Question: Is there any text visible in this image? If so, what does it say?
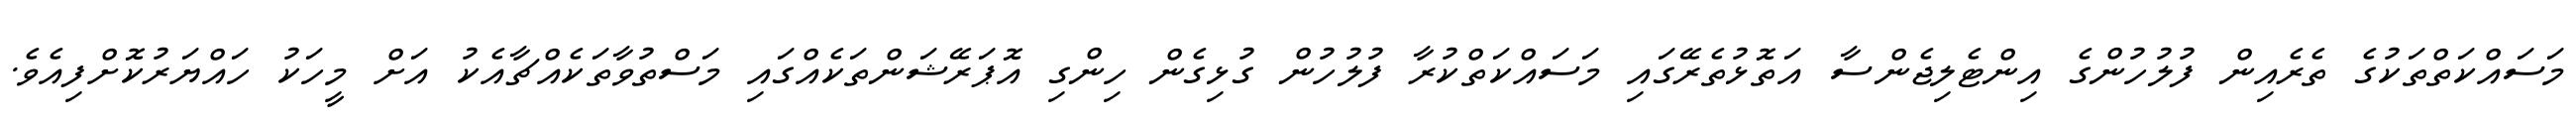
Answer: މަސައްކަތްތަކުގެ ތެރެއިން ފުލުހުންގެ އިންޓެލިޖެންސާ އަތޮޅުތެރޭގައި މަސައްކަތްކުރާ ފުލުހުން ގުޅިގެން ހިންގި އޮޕަރޭޝަންތަކެއްގައި މަސްތުވާތަކެއްޗާއެކު އަށް މީހަކު ހައްޔަރުކޮށްފިއެވެ.